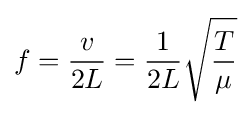
f={\frac {v}{2L}}={1 \over 2L}{\sqrt {T \over \mu }}